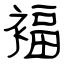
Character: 褔